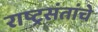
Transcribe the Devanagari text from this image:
राष्ट्रसंतांचे